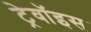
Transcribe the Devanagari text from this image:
ट्रेवॉइस